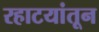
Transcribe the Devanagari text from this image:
रहाटयांतून